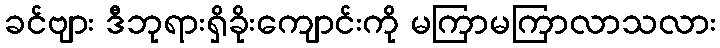
ခင်ဗျား ဒီဘုရားရှိခိုးကျောင်းကို မကြာမကြာလာသလား